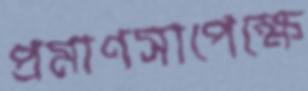
প্রমাণসাপেক্ষে